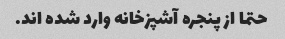
حتما از پنجره آشپزخانه وارد شده اند.